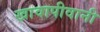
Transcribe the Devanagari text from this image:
खावापीवानी